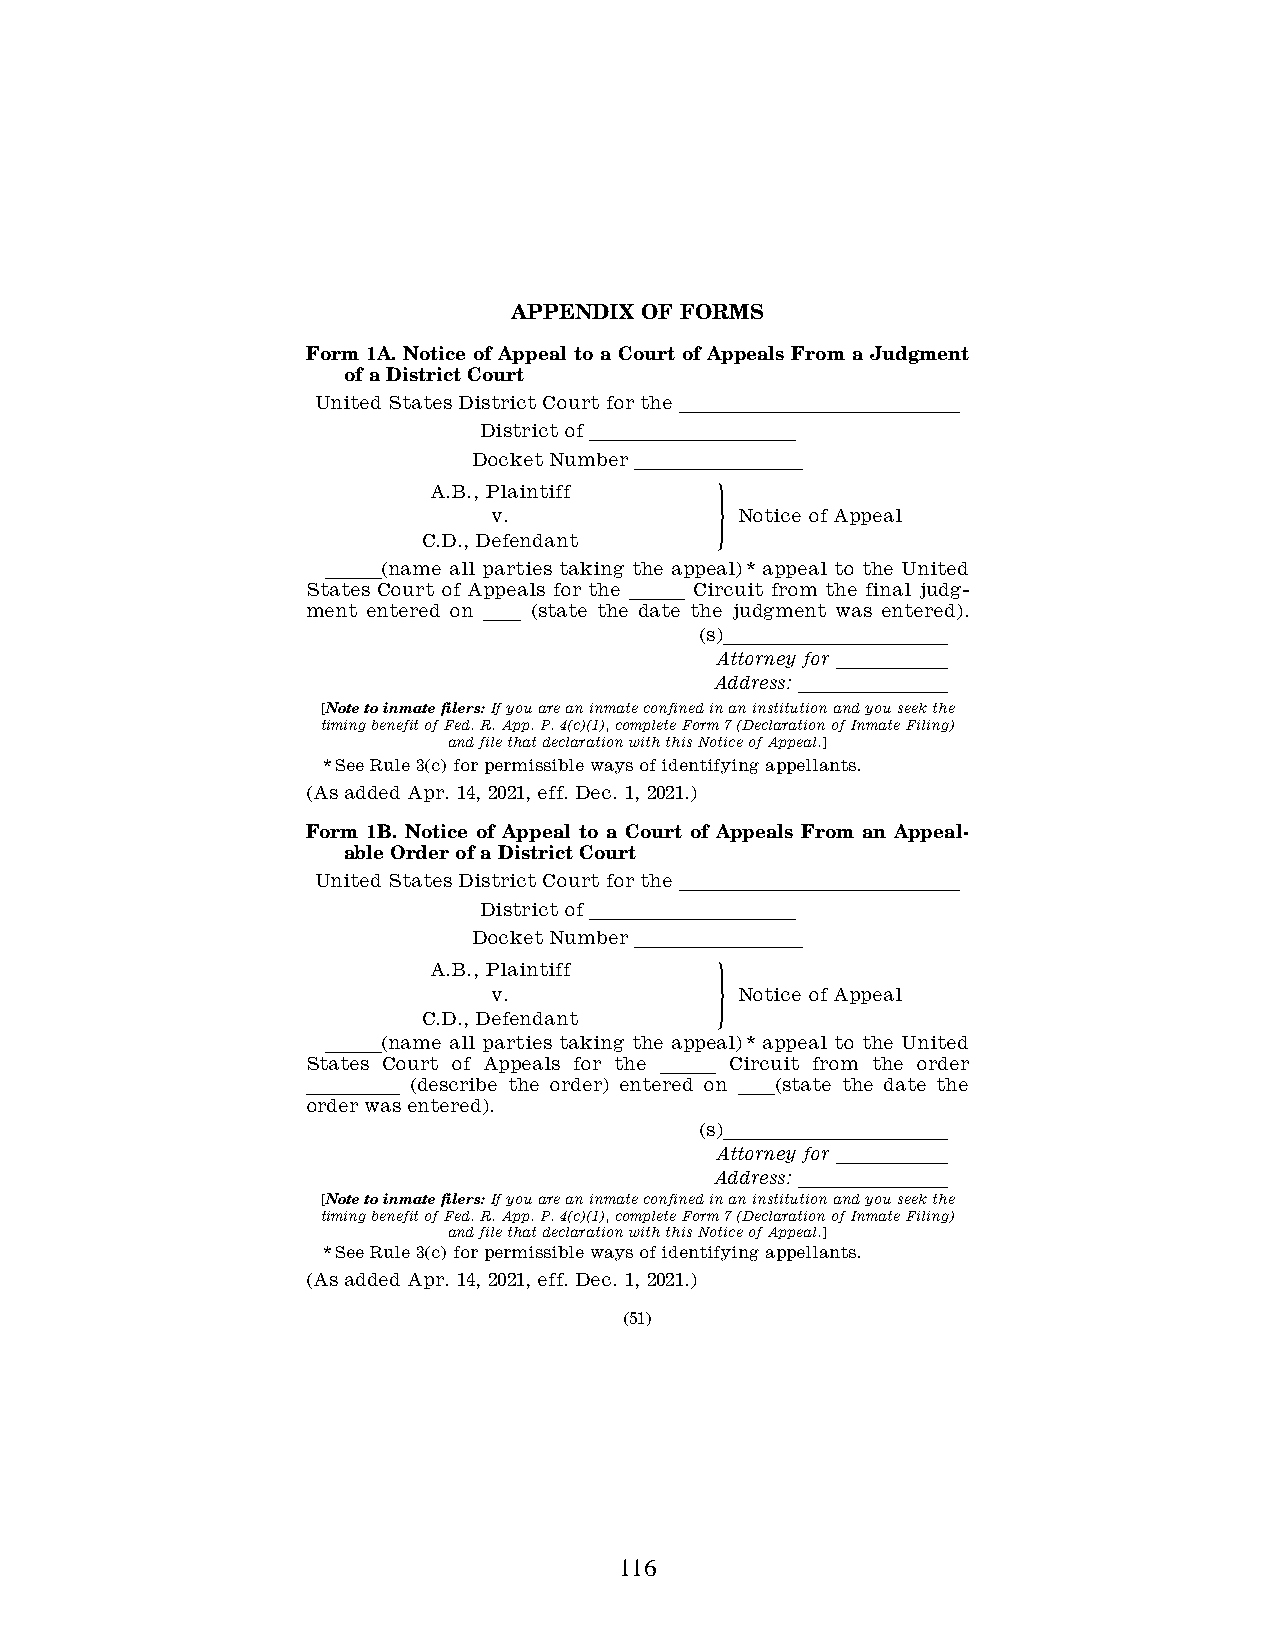
APPENDIX OF FORMS
 Form 1A. Notice of Appeal to a Court of Appeals From a Judgment
 of a District Court
 United States District Court for the lllllllllllllll
 District of lllllllllll
 Docket Number lllllllll
 A.B., Plaintiff
 v.             # Notice of Appeal
 C.D., Defendant
 lll(name all parties taking the appeal)* appeal to the United
 States Court of Appeals for the lll Circuit from the final judg-
 ment entered on ll (state the date the judgment was entered).
 (s)llllllllllll
 Attorney for llllll
 Address: llllllll
 [Note to inmate filers: If you are an inmate confined in an institution and you seek the
 timing benefit of Fed. R. App. P. 4(c)(1), complete Form 7 (Declaration of Inmate Filing)
 and file that declaration with this Notice of Appeal.]
 *See Rule 3(c) for permissible ways of identifying appellants.
 (As added Apr. 14, 2021, eff. Dec. 1, 2021.)
 Form 1B. Notice of Appeal to a Court of Appeals From an Appeal-
 able Order of a District Court
 United States District Court for the lllllllllllllll
 District of lllllllllll
 Docket Number lllllllll
 A.B., Plaintiff
 v.             # Notice of Appeal
 C.D., Defendant
 lll(name all parties taking the appeal)* appeal to the United
 States Court of Appeals for the lll Circuit from the order
 lllll  (describe the order) entered on ll(state the date the
 order was entered).
 (s)llllllllllll
 Attorney for llllll
 Address: llllllll
 [Note to inmate filers: If you are an inmate confined in an institution and you seek the
 timing benefit of Fed. R. App. P. 4(c)(1), complete Form 7 (Declaration of Inmate Filing)
 and file that declaration with this Notice of Appeal.]
 *See Rule 3(c) for permissible ways of identifying appellants.
 (As added Apr. 14, 2021, eff. Dec. 1, 2021.)
 (51)
 116